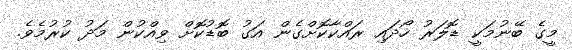
މީގެ ބޭނުމަކީ ޑޮލަރު ހޯދައި ރައްކާކޮށްގެން އަގު ބޮޑުކޮށް ވިއްކުން މަދު ކުރުމެވެ.